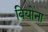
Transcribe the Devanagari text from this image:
वियोना